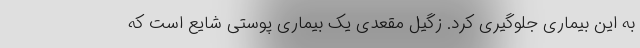
به این بیماری جلوگیری کرد. زگیل مقعدی یک بیماری پوستی شایع است که